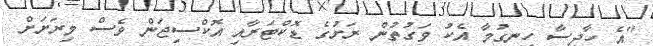
"އެ ހާދިސާ ހިނގުމާ އެކު ވަގުތުން ރަށުގެ ޑޮކްޓަރާއި އޮކްސިޖަން ވެސް މިރަށަށް